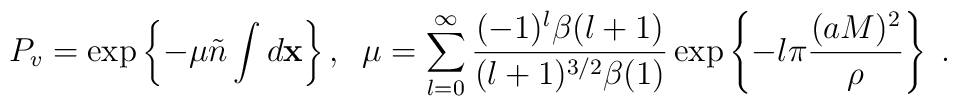
P_v=\exp\left\{-\mu \tilde{n}\int d{\bf x}\right\},\;\; \mu=\sum_{l=0}^{\infty}\frac{(-1)^{l}\beta (l+1)}{(l+1)^{3/2}\beta (1)}\exp \left\{-l\pi\frac{(aM)^2}{\rho}\right\}\;.